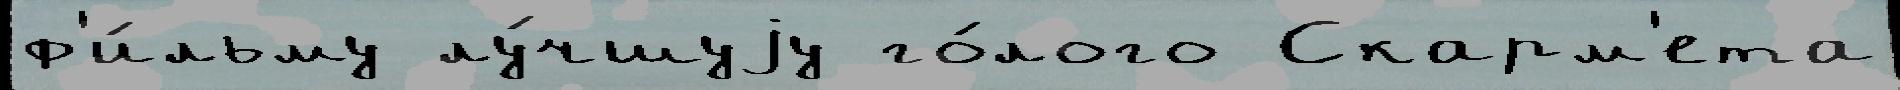
ф'и́льму лу́чшуjу го́лого Скарм'ета